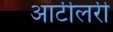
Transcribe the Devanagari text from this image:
आर्टीलरी